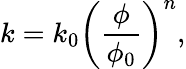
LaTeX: k=k_{0}\left(\frac{\phi}{\phi_{0}}\right)^{n},